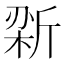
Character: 𫿼